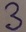
Text: 3